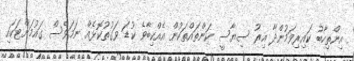
އިންތިހާބު ކައިރިވަމުންދާ އިރު ސިޔާސީ ކަންތައްތަކުން އެއްކިބާވެ ކުޑަ ވަގުތުކޮޅެއް ނަމަވެސް ގައުމަށްޓަކައި